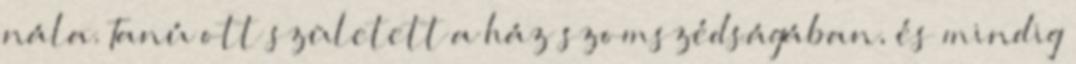
nála. Tanú ott született a ház szomszédságában, és mindig